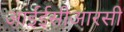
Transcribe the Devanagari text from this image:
आईईसीआरसी